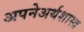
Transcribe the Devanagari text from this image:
अपनेअर्थशास्त्र